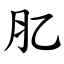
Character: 肊